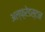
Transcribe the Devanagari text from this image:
अल्फ़्रेडस्टन